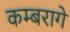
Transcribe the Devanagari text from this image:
कम्बरागे